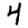
Digit: 4